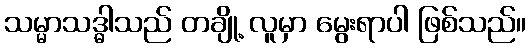
သမ္မာသဒ္ဓါသည် တချို့ လူမှာ မွေးရာပါ ဖြစ်သည်။